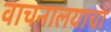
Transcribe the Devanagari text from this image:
वाचनालयाचा